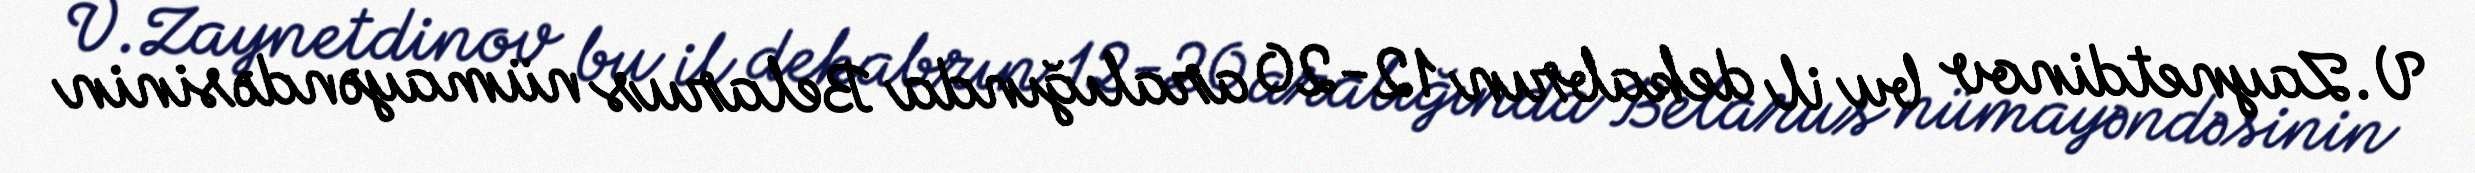
V.Zaynetdinov bu il dekabrın 12-20 aralığında Belarus nümayəndəsinin